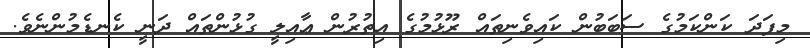
މިފަދަ ކަންކަމުގެ ސަބަބުން ކައިވެނިތައް ރޫޅުމުގެ އިތުރުން ޢާއިލީ ގުޅުންތައް ދަނީ ކެނޑެމުންނެވެ.